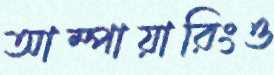
আম্পায়ারিংও